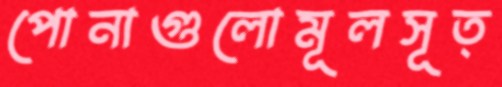
পোনাগুলোমূলসূত্